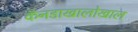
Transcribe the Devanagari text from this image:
कॅनडाखालोखाल